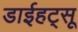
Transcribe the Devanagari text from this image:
डाईहट्सू